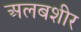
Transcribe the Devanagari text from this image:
अलबशीर